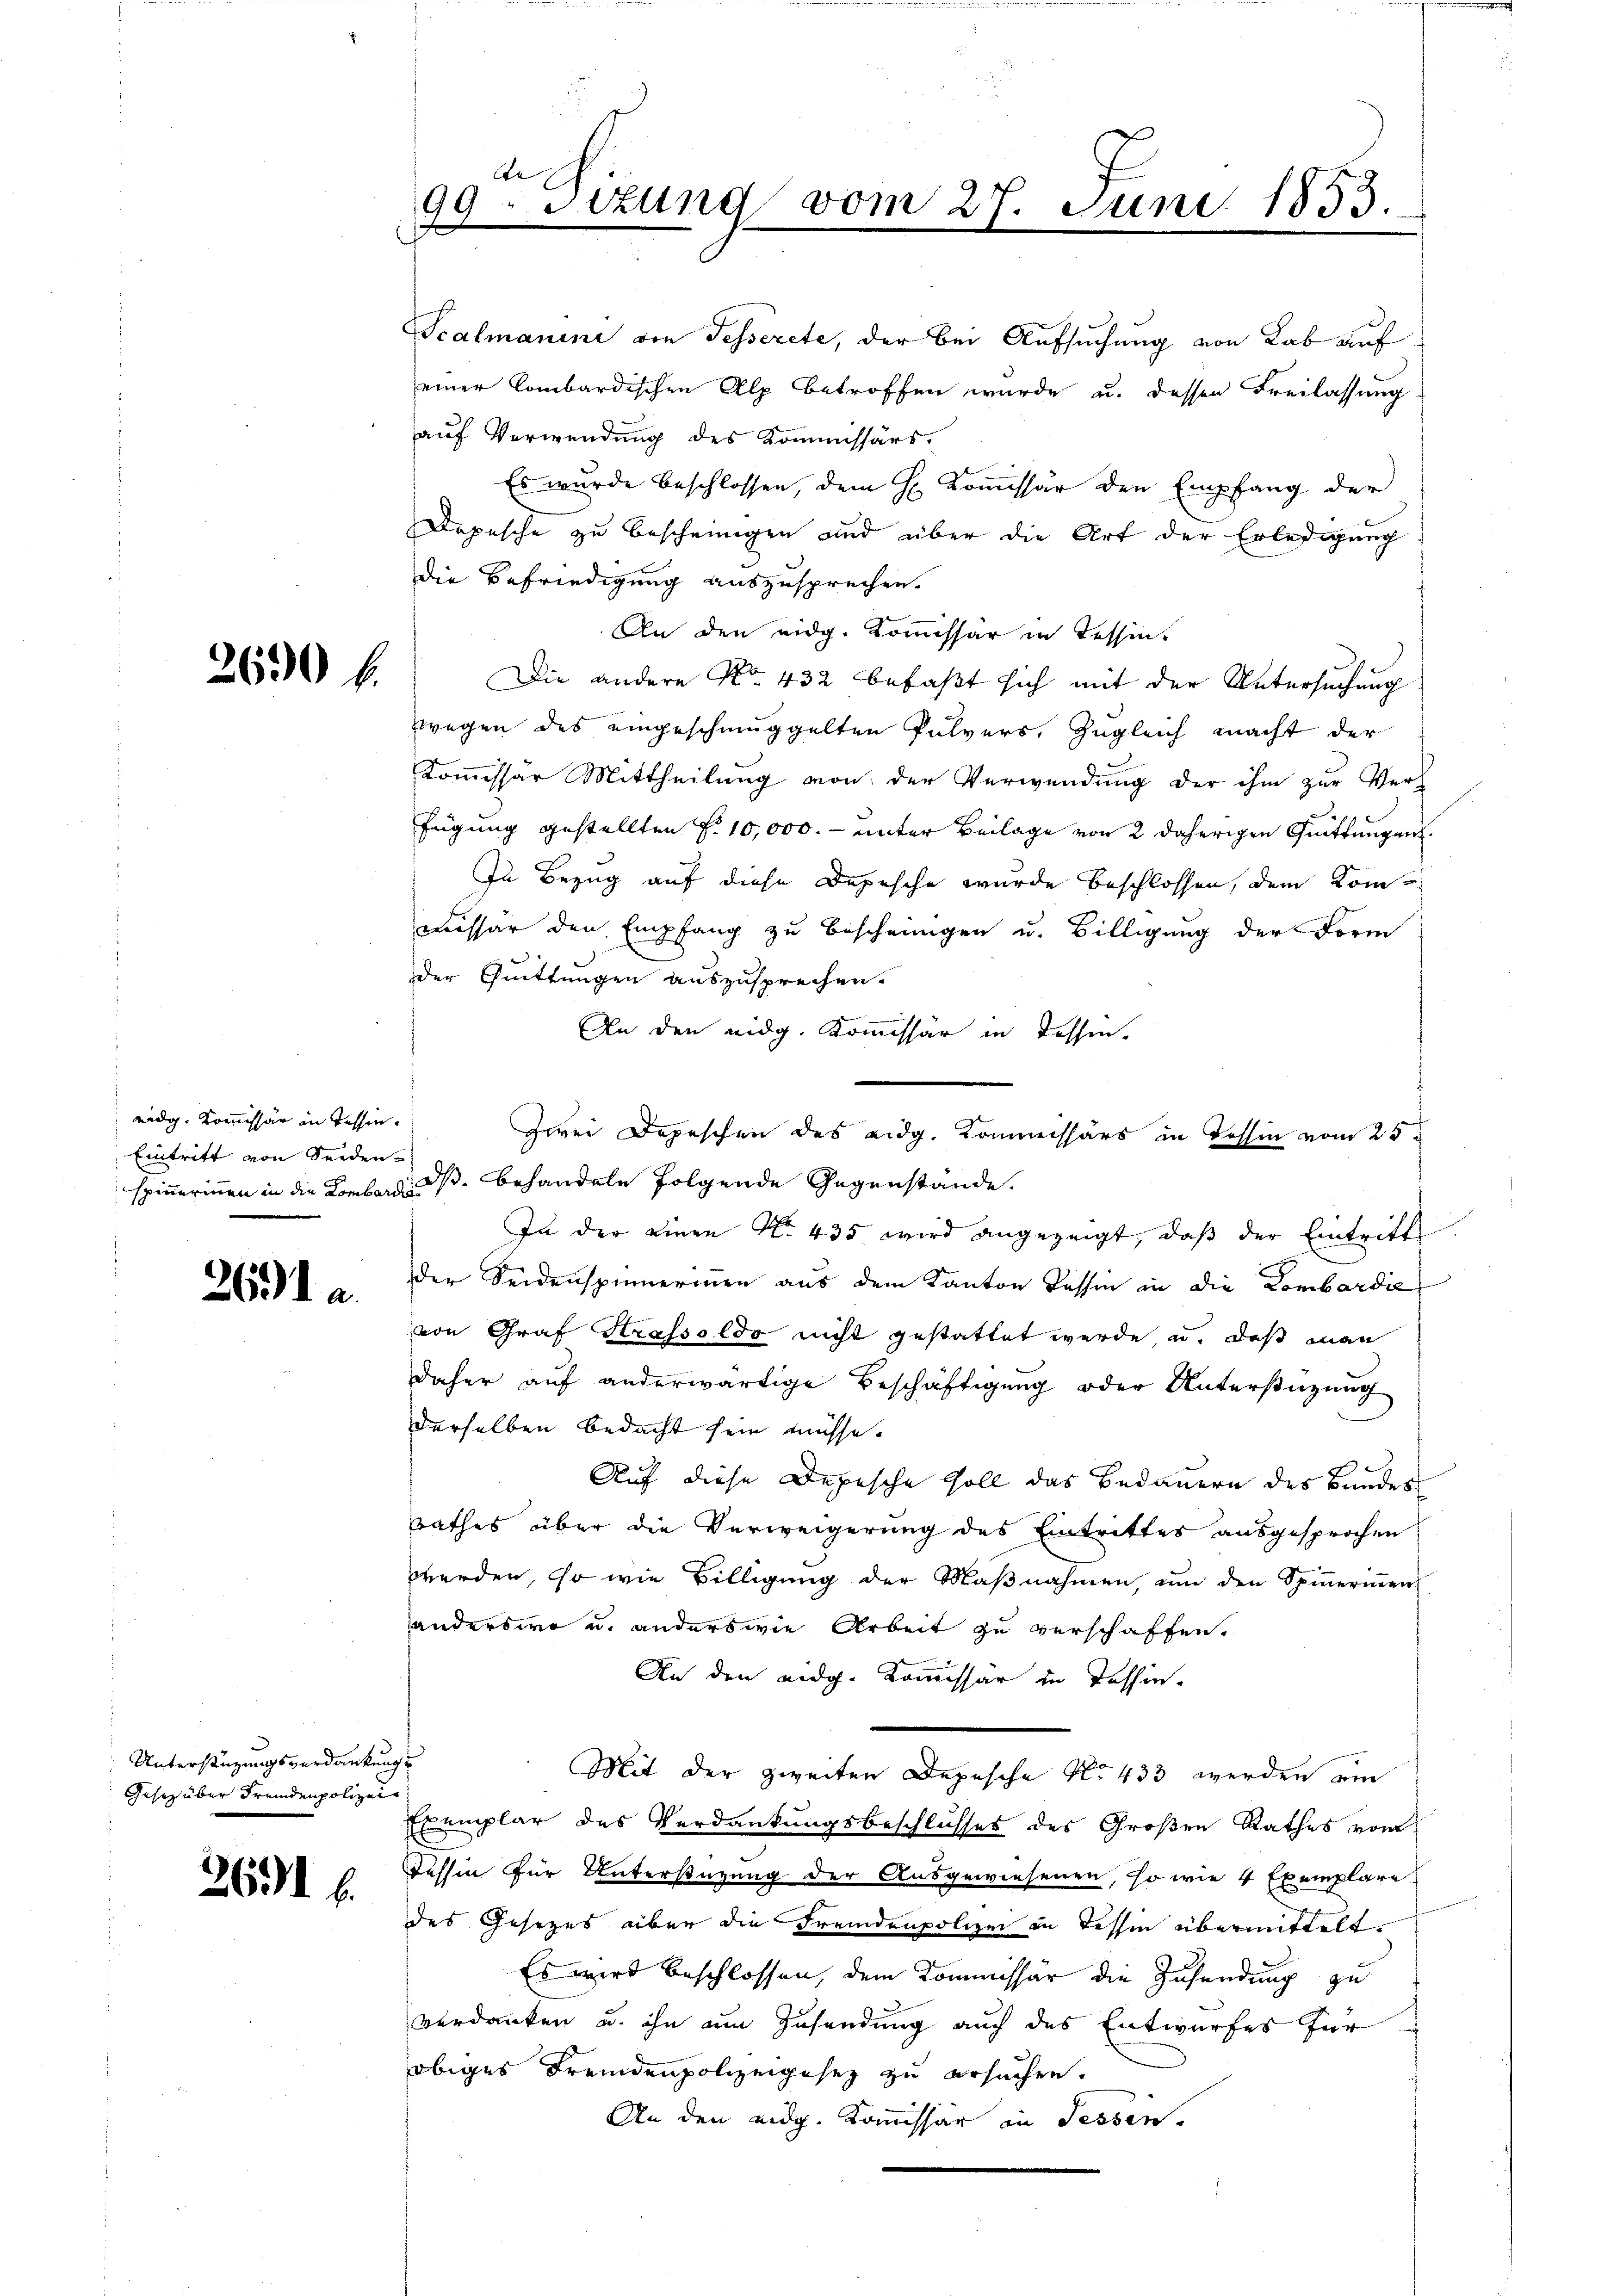
2630 f.

2691 a

Unterstüzungsverdankung
Gesez über Fremdenpolizei

2691 f.

eidg. Kommissär in Tessin.
Eintritt von Seiden-

Scalmanini die Fesserete, der bei Aufsuchung von Lab auf
einer Combardischen Alp betroffen wurde u. dessen Freilassung
auf Verwendung des Kommissärs.
Es wurde beschlossen, dem H. Kommissär den Empfang der
Depesche zu bescheinigen und über die Art der Erledigung
die Befriedigung auszusprechen.
An den eidg. Kommissär in Tessin,
Die andere No 432 befaßt sich mit der Untersuchung
zwegen des eingeschmuggelten Pulvers, zugleich macht der
Kommissar Mittheilung von der Verwendung der ihm zur Ver-
fügung gestellten §. 10,000.- unter Beilage von 2 daherigen Quittungen
In Bezug auf diese Depesche wurde beschlossen, dem Kommesser den Empfang zu Beschnungen u. Billigung der Form
der Quittungen auszusprechen.
An den eidg. Kommissär in Tessin,
spinnerinnen in die Konkurs ds behandeln folgende Gegenstände.
In der einen No. 435 wird angezeigt, daß der Eintritt
der Seidenspinnermen aus dem Kanton Passin in die Lombardie
von Graf Krasseldo nicht gestattet werde u. daß man
daher auf anderwärtige Beschäftigung oder Unterstützung
derselben bedacht sein müsse.
Auf diese Depesche soll das Bedauern des Bundes
rathes über die Verweigerung des Eintrittes ausgesprochen
werden, so wie Billigung der Maßnahmen, um den Spinnerinnen
anderswo u. anderswie Arbeit zu verschaffen.
An den eidg. Kommissär in Tessin-
Mit der zweiten Depesche No. 433 werden ein
Exemplar des Verdankungsbeschlusses des Großen Rathes vom
Tessin für Unterstüzung der Ausgewiesenen, so wie 4 Exemplare
des Gesetzes über die Fremdenpolizei in dessen übermittelt.
Es wird beschlossen, dem Kommissär die Zusendung zu
verdanken u. ihn um Zusendung auch das Entwurfes für
obiges Fremdenpolizeigesez zu ersuchen.
An den eidg. Kommissär in Fessen.

99. Sizung vom 27. Juni 1853.
.
.

Zwei Depeschen des eidg. Kommissärs in Tessin vom 25.